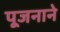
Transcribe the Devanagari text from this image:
पूजनाने